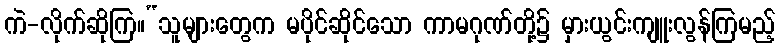
ကဲ-လိုက်ဆိုကြ။“သူများတွေက မပိုင်ဆိုင်သော ကာမဂုဏ်တို့၌ မှားယွင်းကျူးလွန်ကြမည့်